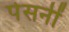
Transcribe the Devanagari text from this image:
पेसनीं